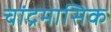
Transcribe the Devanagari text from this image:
चांद्रमासिक